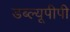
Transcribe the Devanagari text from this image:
डब्ल्यूपीपी